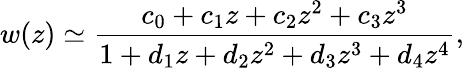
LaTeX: w(z)\simeq\frac{c_{0}+c_{1}z+c_{2}z^{2}+c_{3}z^{3}}{1+d_{1}z+d_{2}z^{2}+d_{3}z^{3}+d_{4}z^{4}},